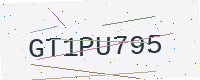
Text: GT1PU795